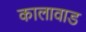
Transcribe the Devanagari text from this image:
कालावाड